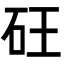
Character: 𮀍